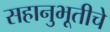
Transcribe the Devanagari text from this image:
सहानुभूतीचे